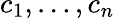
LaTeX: c_{1},\ldots,c_{n}